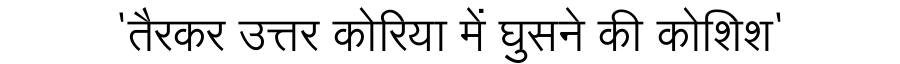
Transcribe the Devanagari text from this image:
'तैरकर उत्तर कोरिया में घुसने की कोशिश'